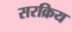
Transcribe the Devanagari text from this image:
सरक्रिय